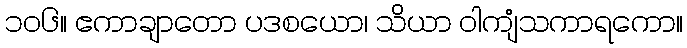
၁၀၆။ ဧကာချာတော ပဒစယော၊ သိယာ ဝါကျံသကာရကော။